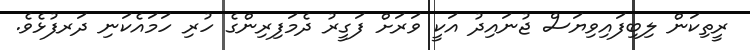
ރީތިކަން ލިބިފައިވިޔަސް ޖުނައިދު އަކީ ވަރަށް ފަގީރު ދެމަފިރިންގެ ހުރި ހަމައެކަނި ދަރފުޅެވެ.